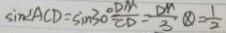
\sin \angle A C D = \sin 3 0 ^ { \circ } = \frac { D M } { C D } = \frac { D M } { 3 } \textcircled { \times } = \frac { 1 } { 2 }